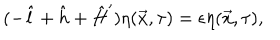
( - \hat { l } + \hat { h } + \hat { H } ^ { \prime } ) \eta ( \vec { x } , \tau ) = \epsilon \eta ( \vec { x } , \tau ) ,